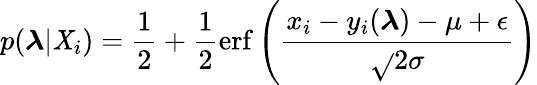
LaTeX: p(\boldsymbol{\lambda}|\mathit{X}_{i})=\frac{{1}}{{2}}+\frac{{1}}{{2}}\mathrm{{erf}}\left(\frac{{x_{i}-y_{i}(\boldsymbol{\lambda})-\mu+\epsilon}}{{\sqrt{}{{2}}\sigma}}\right)